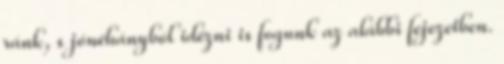
ránk, s jónéhányból idézni is fogunk az alábbi fejezetben.